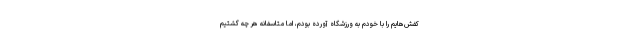
کفش‌هایم را با خودم به ورزشگاه آورده بودم، اما متاسفانه هر چه گشتیم